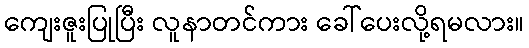
ကျေးဇူးပြုပြီး လူနာတင်ကား ခေါ်ပေးလို့ရမလား။